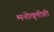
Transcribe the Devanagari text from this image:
मनोवृत्तीही